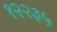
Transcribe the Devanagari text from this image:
१२२३५